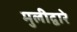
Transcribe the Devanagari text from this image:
मुलीद्वारे